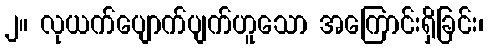
၂။ လုယက်ပျောက်ပျက်ဟူသော အကြောင်းရှိခြင်း၊